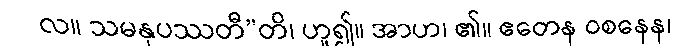
လ။ သမနုပဿတီ”တိ၊ ဟူ၍။ အာဟ၊ ၏။ ဧတေန ဝစနေန၊